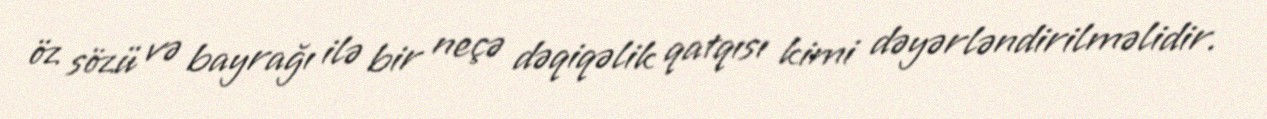
öz sözü və bayrağı ilə bir neçə dəqiqəlik qatqısı kimi dəyərləndirilməlidir.